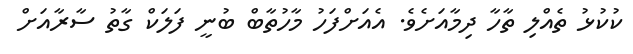
ކުކުޅު ތެއްލި ތާހާ ދިމާއަށެވެ. އެއަށްފަހު މާހުތާބް ބުނީ ފަލަކް ގާތު ސާރާއަށް